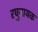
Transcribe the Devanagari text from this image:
रघुनायक